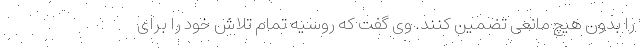
را بدون هیچ مانعی تضمین کنند. وی گفت که روسیه تمام تلاش خود را برای